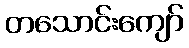
တသောင်းကျော်